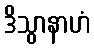
ဒိသွာနာဟံ